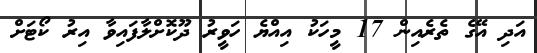
އަދި އޭގެ ތެރެއިން 17 މީހަކު އިއްޔެ ހަވީރު ދޫކޮށްލާފައިވާ އިރު ކޯޓަށް